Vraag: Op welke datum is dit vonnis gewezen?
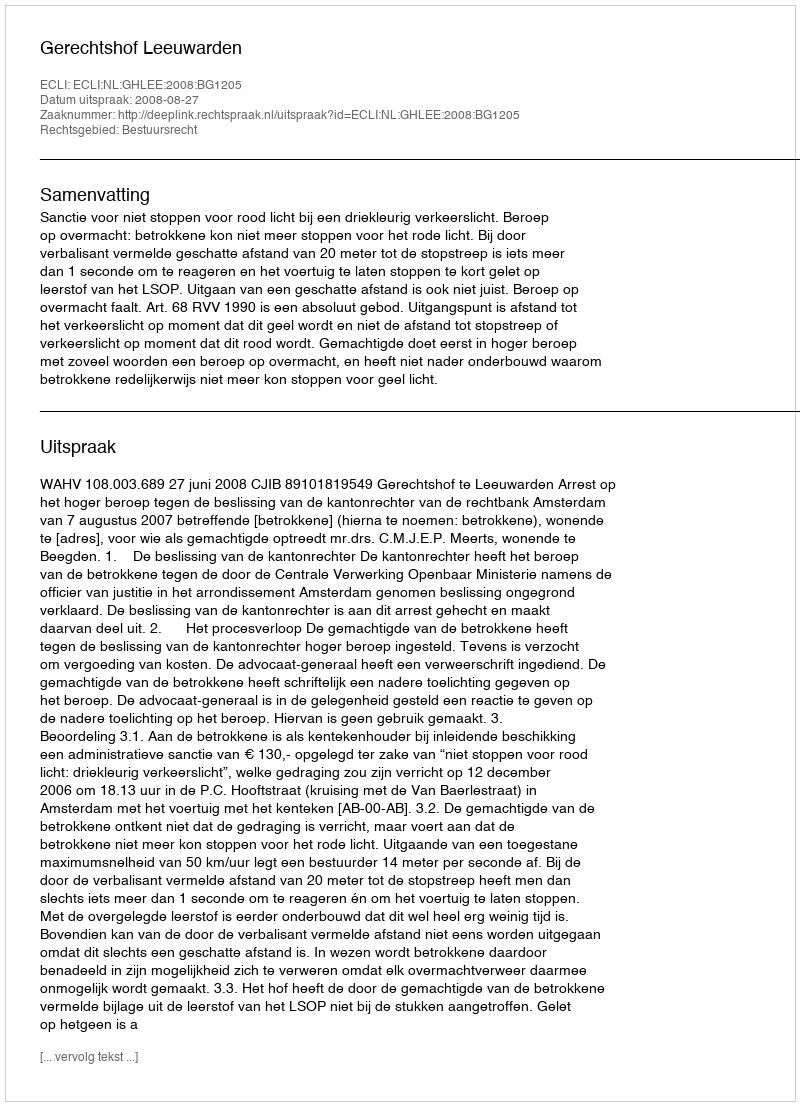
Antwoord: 2008-08-27